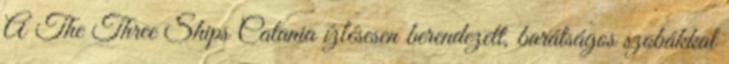
A The Three Ships Catania ízlésesen berendezett, barátságos szobákkal